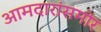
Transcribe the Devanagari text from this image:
आमदारांसमोर